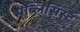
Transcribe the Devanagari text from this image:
पब्लिसिस्ट